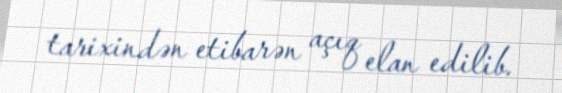
tarixindən etibarən açıq elan edilib.